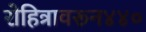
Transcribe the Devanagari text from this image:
रोहित्रावरून४४०